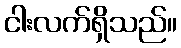
ငါးလက်ရှိသည်။